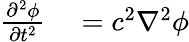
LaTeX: \begin{array}{rl}{\frac{\partial^{2}\phi}{\partial t^{2}}}&{{}=c^{2}\nabla^{2}\phi}\end{array}